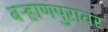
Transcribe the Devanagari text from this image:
बऱ्हाणपुरावर